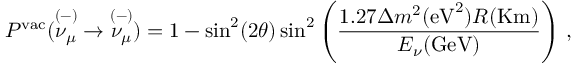
P ^ { \mathrm { v a c } } ( { { \stackrel { ( - ) } { \nu _ { \mu } } } } \rightarrow { { \stackrel { ( - ) } { \nu _ { \mu } } } } ) = 1 - \sin ^ { 2 } ( 2 \theta ) \sin ^ { 2 } \left( \frac { 1 . 2 7 \Delta m ^ { 2 } ( \mathrm { e V } ^ { 2 } ) R ( \mathrm { K m } ) } { E _ { \nu } ( \mathrm { G e V } ) } \right) \, ,